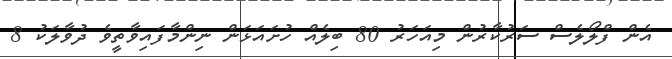
އެން ފްލޯލެސް ސަރުކާރުން މިއަހަރު 80 ބިލެއް ހުށައަޅަން ނިންމާފައިވާތީވެ ދުވާލަކު 8